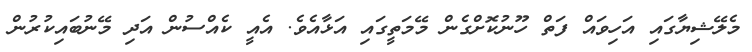
މެލޭޝިޔާގައި އަހިވައް ފަތް ހޫނުކޮށްގެން މޭމަތީގައި އަޅާއެވެ. އެއީ ކެއްސުން އަދި މޭނުބައިކުރުން